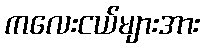
ကလေးငယ်များအား